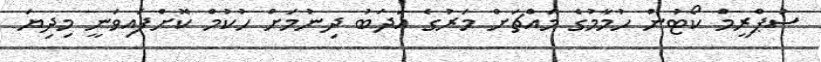
ސުޕްރީމް ކޯޓުން ހުމާމުގެ މައްޗަށް މަރުގެ އަދަބު ދިނުމަށް ހުކުމް ކޮށްފައިވަނީ މިދިޔަ